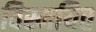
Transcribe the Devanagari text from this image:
विस्मयित